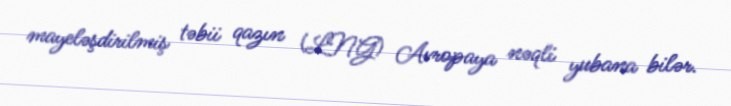
mayeləşdirilmiş təbii qazın (LNG) Avropaya nəqli yubana bilər.